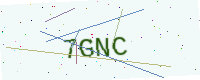
Text: 7GNC